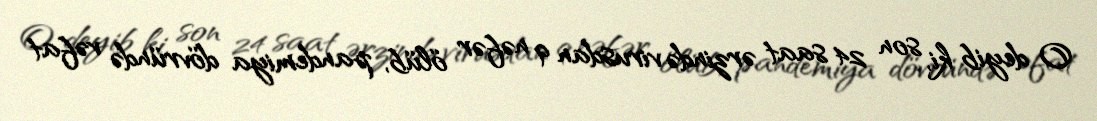
O deyib ki, son 24 saat ərzində virusdan 9 nəfər ölüb, pandemiya dövründə vəfat